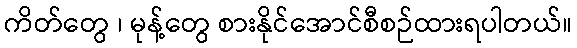
ကိတ်တွေ ၊ မုန့်တွေ စားနိုင်အောင်စီစဉ်ထားရပါတယ်။